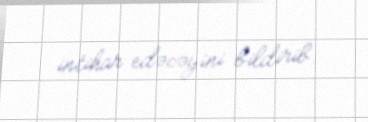
intihar edəcəyini bildirib.